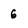
Character: 6